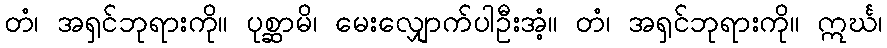
တံ၊ အရှင်ဘုရားကို။ ပုစ္ဆာမိ၊ မေးလျှောက်ပါဦးအံ့။ တံ၊ အရှင်ဘုရားကို။ ဣင်္ဃ၊